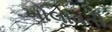
ખોલાવતી